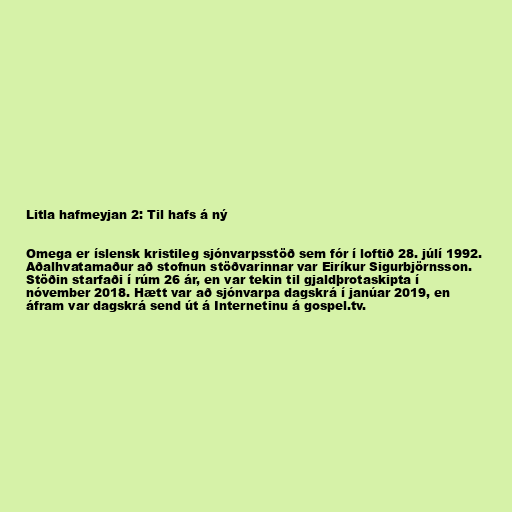
Litla hafmeyjan 2: Til hafs á ný

Omega er íslensk kristileg sjónvarpsstöð sem fór í loftið 28. júlí 1992.
Aðalhvatamaður að stofnun stöðvarinnar var Eiríkur Sigurbjörnsson.
Stöðin starfaði í rúm 26 ár, en var tekin til gjaldþrotaskipta í
nóvember 2018. Hætt var að sjónvarpa dagskrá í janúar 2019, en
áfram var dagskrá send út á Internetinu á gospel.tv.